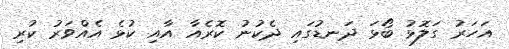
އަހަރު ގަލޮޅު ބޯޅަ ދަނޑުގައި ދެކުނު ކޮރެއާ އާއި ކުޅެ އެއްވަރު ކުރި